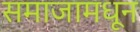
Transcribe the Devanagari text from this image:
समाजामधून